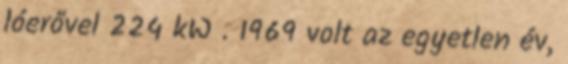
lóerővel 224 kW . 1969 volt az egyetlen év,